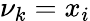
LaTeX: \nu_{k}=x_{i}